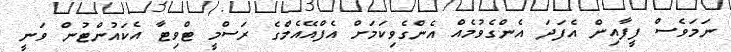
ނަމަވެސް ފީފާއިން އެފަދަ އެންގެވުމެއް އެންގެވިކަމަށް އެފްއޭއެމްގެ ރަސްމީ ޓްވިޓާ އެކައުންޓުން ވަނީ